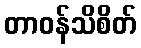
တာဝန်သိစိတ်